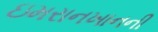
ઇમરાનખાનની